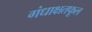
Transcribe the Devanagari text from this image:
गंधाक्षतफूल